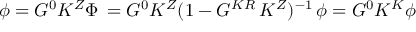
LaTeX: \phi = G ^ { 0 } K ^ { Z } \Phi \, = G ^ { 0 } K ^ { Z } ( 1 - G ^ { K R } \, K ^ { Z } ) ^ { - 1 } \, \phi = G ^ { 0 } K ^ { K } \phi